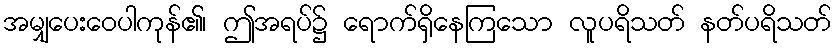
အမျှပေးဝေပါကုန်၏၊ ဤအရပ်၌ ရောက်ရှိနေကြသော လူပရိသတ် နတ်ပရိသတ်